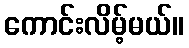
ကောင်းလိမ့်မယ်။